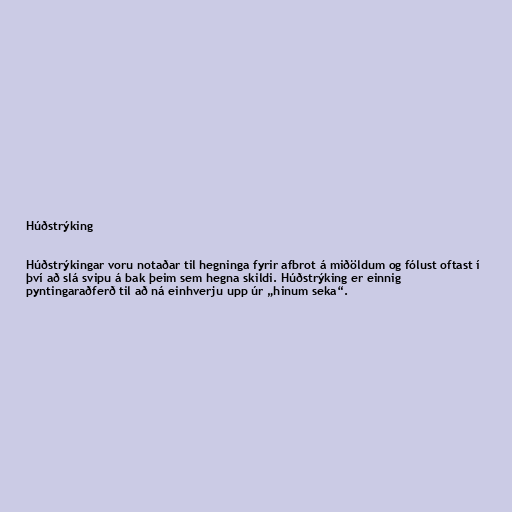
Húðstrýking

Húðstrýkingar voru notaðar til hegninga fyrir afbrot á miðöldum og fólust oftast í
því að slá svipu á bak þeim sem hegna skildi. Húðstrýking er einnig
pyntingaraðferð til að ná einhverju upp úr „hinum seka“.